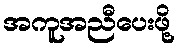
အကူအညီပေးဖို့